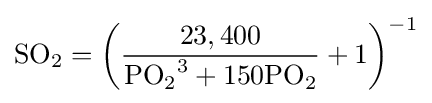
{\mathrm {SO} {\vphantom {A}}_{\smash[{t}]{2}}}=\left({\frac {23,400}{{\mathrm {PO} {\vphantom {A}}_{\smash[{t}]{2}}}^{3}+150{\mathrm {PO} {\vphantom {A}}_{\smash[{t}]{2}}}}}+1\right)^{-1}